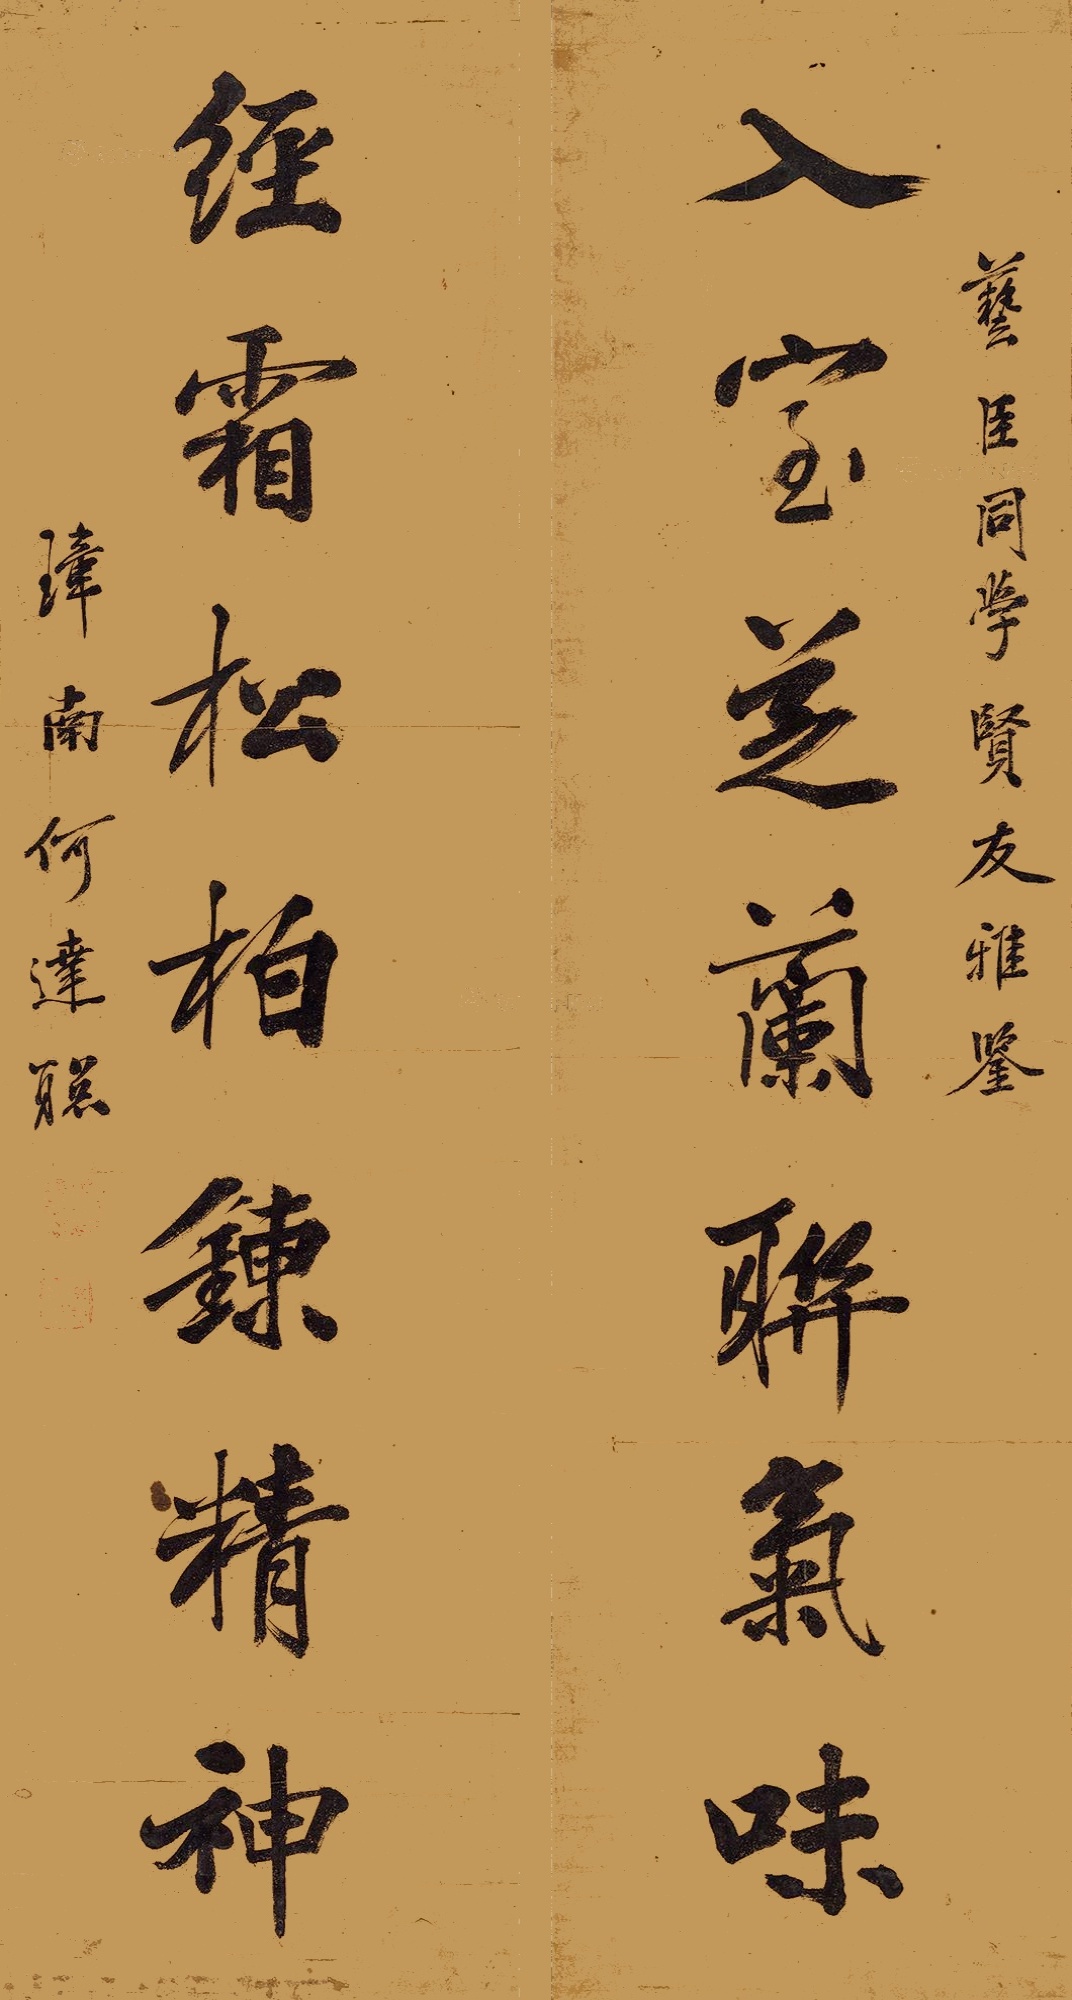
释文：入室芝兰联气味，经霜松柏炼精神。艺臣同学贤友雅鉴，璋南何达聪。